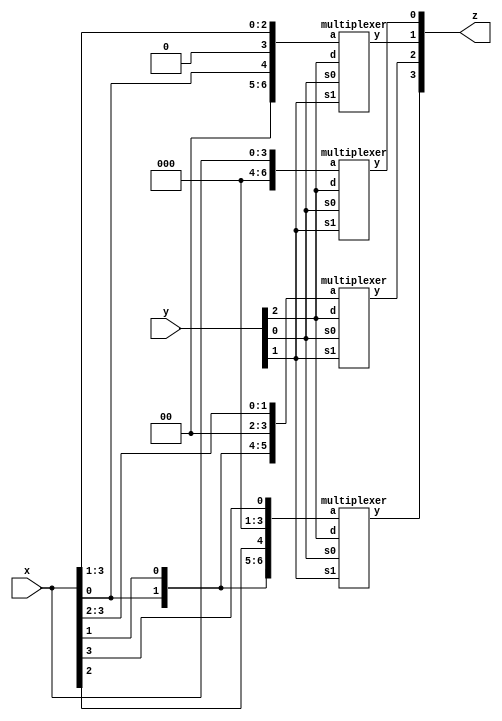
/* Generated by Yosys 0.32+51 (git sha1 6405bbab1, clang 10.0.0-4ubuntu1 -fPIC -Os) */

module barrel_shifter(x, y, z);
  wire _0_;
  wire _1_;
  wire _2_;
  wire _3_;
  wire \mul0:543 ;
  wire [6:0] mul0v;
  wire \mul1:549 ;
  wire [6:0] mul1v;
  wire \mul2:555 ;
  wire [6:0] mul2v;
  wire \mul3:561 ;
  wire [6:0] mul3v;
  input [3:0] x;
  wire [3:0] x;
  input [2:0] y;
  wire [2:0] y;
  output [3:0] z;
  wire [3:0] z;
  multiplexer mul0 (
    .a(mul0v),
    .d(y[2]),
    .s0(y[0]),
    .s1(y[1]),
    .y(_0_)
  );
  multiplexer mul1 (
    .a(mul1v),
    .d(y[2]),
    .s0(y[0]),
    .s1(y[1]),
    .y(_1_)
  );
  multiplexer mul2 (
    .a(mul2v),
    .d(y[2]),
    .s0(y[0]),
    .s1(y[1]),
    .y(_2_)
  );
  multiplexer mul3 (
    .a(mul3v),
    .d(y[2]),
    .s0(y[0]),
    .s1(y[1]),
    .y(_3_)
  );
  assign mul0v = { 3'h0, x };
  assign mul1v = { 2'h0, x[0], 1'h0, x[3:1] };
  assign mul2v = { 1'h0, x[0], x[1], 2'h0, x[3:2] };
  assign mul3v = { x[0], x[1], x[2], 3'h0, x[3] };
  assign \mul0:543  = _0_;
  assign \mul1:549  = _1_;
  assign \mul2:555  = _2_;
  assign \mul3:561  = _3_;
  assign z = { \mul3:561 , \mul2:555 , \mul1:549 , \mul0:543  };
endmodule

module cla(x, y, z);
  wire _00_;
  wire _01_;
  wire _02_;
  wire _03_;
  wire _04_;
  wire _05_;
  wire _06_;
  wire _07_;
  wire _08_;
  wire _09_;
  wire _10_;
  wire _11_;
  wire _12_;
  wire _13_;
  wire _14_;
  wire _15_;
  wire _16_;
  wire _17_;
  wire _18_;
  wire _19_;
  wire _20_;
  wire _21_;
  wire _22_;
  wire _23_;
  wire _24_;
  wire _25_;
  wire _26_;
  wire _27_;
  wire _28_;
  wire _29_;
  wire _30_;
  wire _31_;
  wire _32_;
  wire _33_;
  wire _34_;
  wire _35_;
  wire _36_;
  wire _37_;
  wire _38_;
  wire _39_;
  wire _40_;
  wire _41_;
  wire _42_;
  wire _43_;
  wire _44_;
  wire _45_;
  wire _46_;
  wire _47_;
  wire [3:0] c;
  input [3:0] x;
  wire [3:0] x;
  input [3:0] y;
  wire [3:0] y;
  output [4:0] z;
  wire [4:0] z;
  assign _15_ = x[1] ^ y[1];
  assign _16_ = x[0] & y[0];
  assign _17_ = x[0] ^ y[0];
  assign _18_ = _17_ & 1'h0;
  assign _19_ = _16_ | _18_;
  assign _20_ = _15_ & _19_;
  assign _21_ = _14_ | _20_;
  assign _22_ = _13_ & _21_;
  assign _23_ = _12_ | _22_;
  assign _24_ = x[3] & y[3];
  assign _25_ = x[3] ^ y[3];
  assign _26_ = x[2] & y[2];
  assign _27_ = x[2] ^ y[2];
  assign _28_ = x[1] & y[1];
  assign _29_ = x[1] ^ y[1];
  assign _30_ = x[0] & y[0];
  assign _31_ = x[0] ^ y[0];
  assign _32_ = _31_ & 1'h0;
  assign _33_ = _30_ | _32_;
  assign _34_ = _29_ & _33_;
  assign _35_ = _28_ | _34_;
  assign _36_ = _27_ & _35_;
  assign _37_ = _26_ | _36_;
  assign _38_ = _25_ & _37_;
  assign _39_ = _24_ | _38_;
  assign _40_ = x[0] ^ y[0];
  assign _41_ = _40_ ^ 1'h0;
  assign _42_ = x[1] ^ y[1];
  assign _43_ = _42_ ^ c[0];
  assign _44_ = x[2] ^ y[2];
  assign _45_ = _44_ ^ c[1];
  assign _46_ = x[3] ^ y[3];
  assign _47_ = _46_ ^ c[2];
  assign _00_ = x[0] & y[0];
  assign _01_ = x[0] ^ y[0];
  assign _02_ = _01_ & 1'h0;
  assign _03_ = _00_ | _02_;
  assign _04_ = x[1] & y[1];
  assign _05_ = x[1] ^ y[1];
  assign _06_ = x[0] & y[0];
  assign _07_ = x[0] ^ y[0];
  assign _08_ = _07_ & 1'h0;
  assign _09_ = _06_ | _08_;
  assign _10_ = _05_ & _09_;
  assign _11_ = _04_ | _10_;
  assign _12_ = x[2] & y[2];
  assign _13_ = x[2] ^ y[2];
  assign _14_ = x[1] & y[1];
  assign c = { _39_, _23_, _11_, _03_ };
  assign z = { c[3], _47_, _45_, _43_, _41_ };
endmodule

module four_bit_comparator(x, y, z);
  wire _00_;
  wire _01_;
  wire _02_;
  wire _03_;
  wire _04_;
  wire _05_;
  wire _06_;
  wire _07_;
  wire _08_;
  wire _09_;
  wire _10_;
  wire _11_;
  wire _12_;
  wire _13_;
  wire _14_;
  wire _15_;
  wire _16_;
  wire _17_;
  wire equal;
  wire [2:0] equalv;
  wire greater;
  wire [3:0] greaterv;
  wire \onebitkomparator_1:433 ;
  wire \onebitkomparator_1:434 ;
  wire \onebitkomparator_1:435 ;
  wire \onebitkomparator_2:445 ;
  wire \onebitkomparator_2:446 ;
  wire \onebitkomparator_2:447 ;
  wire \onebitkomparator_3:457 ;
  wire \onebitkomparator_3:458 ;
  wire \onebitkomparator_3:459 ;
  wire \onebitkomparator_4:469 ;
  wire \onebitkomparator_4:470 ;
  wire \onebitkomparator_4:471 ;
  wire smaller;
  wire [3:0] smallerv;
  input [3:0] x;
  wire [3:0] x;
  input [3:0] y;
  wire [3:0] y;
  output [7:0] z;
  wire [7:0] z;
  assign _12_ = greaterv[0] | greaterv[1];
  assign _13_ = _12_ | greaterv[2];
  assign _14_ = _13_ | greaterv[3];
  assign _15_ = smallerv[0] | smallerv[1];
  assign _16_ = _15_ | smallerv[2];
  assign _17_ = _16_ | smallerv[3];
  onebitkomparator onebitkomparator_1 (
    .e(1'h1),
    .equal(_01_),
    .greater(_00_),
    .smaller(_02_),
    .x0(x[3]),
    .y0(y[3])
  );
  onebitkomparator onebitkomparator_2 (
    .e(equalv[2]),
    .equal(_04_),
    .greater(_03_),
    .smaller(_05_),
    .x0(x[2]),
    .y0(y[2])
  );
  onebitkomparator onebitkomparator_3 (
    .e(equalv[1]),
    .equal(_07_),
    .greater(_06_),
    .smaller(_08_),
    .x0(x[1]),
    .y0(y[1])
  );
  onebitkomparator onebitkomparator_4 (
    .e(equalv[0]),
    .equal(_10_),
    .greater(_09_),
    .smaller(_11_),
    .x0(x[0]),
    .y0(y[0])
  );
  assign greaterv = { \onebitkomparator_1:433 , \onebitkomparator_2:445 , \onebitkomparator_3:457 , \onebitkomparator_4:469  };
  assign smallerv = { \onebitkomparator_1:435 , \onebitkomparator_2:447 , \onebitkomparator_3:459 , \onebitkomparator_4:471  };
  assign equalv = { \onebitkomparator_1:434 , \onebitkomparator_2:446 , \onebitkomparator_3:458  };
  assign greater = _14_;
  assign smaller = _17_;
  assign equal = \onebitkomparator_4:470 ;
  assign \onebitkomparator_1:433  = _00_;
  assign \onebitkomparator_1:434  = _01_;
  assign \onebitkomparator_1:435  = _02_;
  assign \onebitkomparator_2:445  = _03_;
  assign \onebitkomparator_2:446  = _04_;
  assign \onebitkomparator_2:447  = _05_;
  assign \onebitkomparator_3:457  = _06_;
  assign \onebitkomparator_3:458  = _07_;
  assign \onebitkomparator_3:459  = _08_;
  assign \onebitkomparator_4:469  = _09_;
  assign \onebitkomparator_4:470  = _10_;
  assign \onebitkomparator_4:471  = _11_;
  assign z = { 5'h00, equal, smaller, greater };
endmodule

module full_adder(a, b, ci, s, co);
  wire _00_;
  wire _01_;
  wire _02_;
  wire _03_;
  wire _04_;
  wire _05_;
  wire _06_;
  wire _07_;
  wire _08_;
  wire _09_;
  wire _10_;
  wire _11_;
  wire _12_;
  wire _13_;
  wire _14_;
  wire _15_;
  wire _16_;
  wire _17_;
  wire _18_;
  wire _19_;
  wire _20_;
  wire _21_;
  input a;
  wire a;
  input b;
  wire b;
  input ci;
  wire ci;
  output co;
  wire co;
  output s;
  wire s;
  assign _00_ = a & b;
  assign _01_ = a & ci;
  assign _02_ = _00_ | _01_;
  assign _03_ = b & ci;
  assign _04_ = _02_ | _03_;
  assign _05_ = ~ b;
  assign _06_ = a & _05_;
  assign _07_ = ~ ci;
  assign _08_ = _06_ & _07_;
  assign _09_ = ~ a;
  assign _10_ = ~ b;
  assign _11_ = _09_ & _10_;
  assign _12_ = _11_ & ci;
  assign _13_ = _08_ | _12_;
  assign _14_ = ~ a;
  assign _15_ = _14_ & b;
  assign _16_ = ~ ci;
  assign _17_ = _15_ & _16_;
  assign _18_ = _13_ | _17_;
  assign _19_ = a & b;
  assign _20_ = _19_ & ci;
  assign _21_ = _18_ | _20_;
  assign s = _21_;
  assign co = _04_;
endmodule

module half_adder(a, b, s, co);
  wire _0_;
  wire _1_;
  wire _2_;
  wire _3_;
  wire _4_;
  wire _5_;
  input a;
  wire a;
  input b;
  wire b;
  output co;
  wire co;
  output s;
  wire s;
  assign _0_ = a & b;
  assign _1_ = ~ b;
  assign _2_ = a & _1_;
  assign _3_ = ~ a;
  assign _4_ = _3_ & b;
  assign _5_ = _2_ | _4_;
  assign s = _5_;
  assign co = _0_;
endmodule

module matrix_mul(x, y, z);
  wire _00_;
  wire _01_;
  wire _02_;
  wire _03_;
  wire _04_;
  wire _05_;
  wire _06_;
  wire _07_;
  wire _08_;
  wire _09_;
  wire _10_;
  wire _11_;
  wire _12_;
  wire _13_;
  wire _14_;
  wire _15_;
  wire _16_;
  wire _17_;
  wire _18_;
  wire _19_;
  wire _20_;
  wire _21_;
  wire _22_;
  wire _23_;
  wire _24_;
  wire _25_;
  wire _26_;
  wire _27_;
  wire _28_;
  wire _29_;
  wire _30_;
  wire _31_;
  wire _32_;
  wire _33_;
  wire _34_;
  wire _35_;
  wire _36_;
  wire _37_;
  wire _38_;
  wire _39_;
  wire [3:0] stage1;
  wire [3:0] stage1_co;
  wire [2:0] stage1_s;
  wire [3:0] stage2;
  wire [3:0] stage2_co;
  wire [2:0] stage2_s;
  wire [3:0] stage3;
  wire [2:0] stage3_co;
  wire [3:0] stage4;
  input [3:0] x;
  wire [3:0] x;
  input [3:0] y;
  wire [3:0] y;
  output [7:0] z;
  wire [7:0] z;
  assign _15_ = x[0] & y[0];
  assign _16_ = x[1] & y[0];
  assign _17_ = x[2] & y[0];
  assign _18_ = x[3] & y[0];
  assign _19_ = x[0] & y[1];
  assign _20_ = x[1] & y[1];
  assign _21_ = x[2] & y[1];
  assign _22_ = x[3] & y[1];
  assign _31_ = x[0] & y[2];
  assign _32_ = x[1] & y[2];
  assign _33_ = x[2] & y[2];
  assign _34_ = x[3] & y[2];
  assign _03_ = x[0] & y[3];
  assign _04_ = x[1] & y[3];
  assign _05_ = x[2] & y[3];
  assign _06_ = x[3] & y[3];
  half_adder stage1_ha1 (
    .a(stage1[1]),
    .b(stage2[0]),
    .co(_24_),
    .s(_23_)
  );
  half_adder stage1_ha2 (
    .a(stage2[3]),
    .b(stage1_co[2]),
    .co(_30_),
    .s(_29_)
  );
  full_adder stage1_va1 (
    .a(stage1[2]),
    .b(stage2[1]),
    .ci(stage1_co[0]),
    .co(_26_),
    .s(_25_)
  );
  full_adder stage1_va2 (
    .a(stage1[3]),
    .b(stage2[2]),
    .ci(stage1_co[1]),
    .co(_28_),
    .s(_27_)
  );
  half_adder stage2_ha1 (
    .a(stage3[0]),
    .b(stage1_s[0]),
    .co(_36_),
    .s(_35_)
  );
  full_adder stage2_va1 (
    .a(stage3[1]),
    .b(stage1_s[1]),
    .ci(stage2_co[0]),
    .co(_38_),
    .s(_37_)
  );
  full_adder stage2_va2 (
    .a(stage3[2]),
    .b(stage1_s[2]),
    .ci(stage2_co[1]),
    .co(_00_),
    .s(_39_)
  );
  full_adder stage2_va3 (
    .a(stage3[3]),
    .b(stage1_co[3]),
    .ci(stage2_co[2]),
    .co(_02_),
    .s(_01_)
  );
  half_adder stage3_ha1 (
    .a(stage4[0]),
    .b(stage2_s[0]),
    .co(_08_),
    .s(_07_)
  );
  full_adder stage3_va1 (
    .a(stage4[1]),
    .b(stage2_s[1]),
    .ci(stage3_co[0]),
    .co(_10_),
    .s(_09_)
  );
  full_adder stage3_va2 (
    .a(stage4[2]),
    .b(stage2_s[2]),
    .ci(stage3_co[1]),
    .co(_12_),
    .s(_11_)
  );
  full_adder stage3_va3 (
    .a(stage4[3]),
    .b(stage2_co[3]),
    .ci(stage3_co[2]),
    .co(_14_),
    .s(_13_)
  );
  assign stage1 = { _18_, _17_, _16_, _15_ };
  assign stage2 = { _22_, _21_, _20_, _19_ };
  assign stage3 = { _34_, _33_, _32_, _31_ };
  assign stage4 = { _06_, _05_, _04_, _03_ };
  assign stage1_s = { _29_, _27_, _25_ };
  assign stage1_co = { _30_, _28_, _26_, _24_ };
  assign stage2_s = { _01_, _39_, _37_ };
  assign stage2_co = { _02_, _00_, _38_, _36_ };
  assign stage3_co = { _12_, _10_, _08_ };
  assign z = { _14_, _13_, _11_, _09_, _07_, _35_, _23_, stage1[0] };
endmodule

module multiplexer(a, s0, s1, d, y);
  wire _00_;
  wire _01_;
  wire _02_;
  wire _03_;
  wire _04_;
  wire _05_;
  wire _06_;
  wire _07_;
  wire _08_;
  wire _09_;
  wire _10_;
  wire _11_;
  wire _12_;
  wire _13_;
  wire _14_;
  wire _15_;
  wire _16_;
  wire _17_;
  wire _18_;
  wire _19_;
  wire _20_;
  wire _21_;
  wire _22_;
  wire _23_;
  wire _24_;
  wire _25_;
  input [6:0] a;
  wire [6:0] a;
  input d;
  wire d;
  input s0;
  wire s0;
  input s1;
  wire s1;
  output y;
  wire y;
  assign _00_ = ~ s0;
  assign _01_ = ~ s1;
  assign _02_ = _01_ & _00_;
  assign _03_ = _02_ ? a[0] : _08_;
  assign _04_ = ~ s1;
  assign _05_ = _04_ & s0;
  assign _06_ = ~ d;
  assign _07_ = _06_ & _05_;
  assign _08_ = _07_ ? a[1] : _13_;
  assign _09_ = ~ s0;
  assign _10_ = s1 & _09_;
  assign _11_ = ~ d;
  assign _12_ = _11_ & _10_;
  assign _13_ = _12_ ? a[2] : _17_;
  assign _14_ = s1 & s0;
  assign _15_ = ~ d;
  assign _16_ = _15_ & _14_;
  assign _17_ = _16_ ? a[3] : _21_;
  assign _18_ = ~ s1;
  assign _19_ = _18_ & s0;
  assign _20_ = d & _19_;
  assign _21_ = _20_ ? a[4] : _25_;
  assign _22_ = ~ s0;
  assign _23_ = s1 & _22_;
  assign _24_ = d & _23_;
  assign _25_ = _24_ ? a[5] : a[6];
  assign y = _03_;
endmodule

module onebitkomparator(e, x0, y0, greater, equal, smaller);
  wire _0_;
  wire _1_;
  wire _2_;
  wire _3_;
  wire _4_;
  wire _5_;
  wire _6_;
  wire _7_;
  input e;
  wire e;
  output equal;
  wire equal;
  output greater;
  wire greater;
  output smaller;
  wire smaller;
  input x0;
  wire x0;
  input y0;
  wire y0;
  assign _0_ = ~ y0;
  assign _1_ = x0 & _0_;
  assign _2_ = _1_ & e;
  assign _3_ = x0 ~^ y0;
  assign _4_ = _3_ & e;
  assign _5_ = ~ x0;
  assign _6_ = _5_ & y0;
  assign _7_ = _6_ & e;
  assign greater = _2_;
  assign equal = _4_;
  assign smaller = _7_;
endmodule

module ripple_carry(a, b, s);
  wire _0_;
  wire _1_;
  wire _2_;
  wire _3_;
  wire _4_;
  wire _5_;
  wire _6_;
  wire _7_;
  input [3:0] a;
  wire [3:0] a;
  input [3:0] b;
  wire [3:0] b;
  wire co0;
  wire co1;
  wire co2;
  output [4:0] s;
  wire [4:0] s;
  half_adder ad0 (
    .a(a[0]),
    .b(b[0]),
    .co(_1_),
    .s(_0_)
  );
  full_adder ad1 (
    .a(a[1]),
    .b(b[1]),
    .ci(co0),
    .co(_3_),
    .s(_2_)
  );
  full_adder ad2 (
    .a(a[2]),
    .b(b[2]),
    .ci(co1),
    .co(_5_),
    .s(_4_)
  );
  full_adder ad3 (
    .a(a[3]),
    .b(b[3]),
    .ci(co2),
    .co(_7_),
    .s(_6_)
  );
  assign co0 = _1_;
  assign co1 = _3_;
  assign co2 = _5_;
  assign s = { _7_, _6_, _4_, _2_, _0_ };
endmodule

module tt_um_cejmu(ui_in, uio_in, ena, clk, rst_n, uo_out, uio_out, uio_oe);
  wire [4:0] _00_;
  wire [7:0] _01_;
  wire _02_;
  wire [7:0] _03_;
  wire _04_;
  wire [7:0] _05_;
  wire _06_;
  wire [7:0] _07_;
  wire _08_;
  wire [7:0] _09_;
  wire [4:0] _10_;
  wire [7:0] _11_;
  wire [7:0] _12_;
  wire [7:0] _13_;
  wire [3:0] _14_;
  wire _15_;
  wire [7:0] _16_;
  wire _17_;
  wire [7:0] barrel_shifter_out;
  wire [7:0] cla_out;
  input clk;
  wire clk;
  wire [7:0] comparator_out;
  input ena;
  wire ena;
  wire [7:0] matrix_out;
  wire [7:0] ripple_out;
  input rst_n;
  wire rst_n;
  input [7:0] ui_in;
  wire [7:0] ui_in;
  input [7:0] uio_in;
  wire [7:0] uio_in;
  output [7:0] uio_oe;
  wire [7:0] uio_oe;
  output [7:0] uio_out;
  wire [7:0] uio_out;
  output [7:0] uo_out;
  wire [7:0] uo_out;
  wire [7:0] wallace_out;
  assign _15_ = uio_in[2:0] == 3'h0;
  assign _16_ = _15_ ? ripple_out : _01_;
  assign _17_ = uio_in[2:0] == 3'h1;
  assign _01_ = _17_ ? cla_out : _03_;
  assign _02_ = uio_in[2:0] == 3'h2;
  assign _03_ = _02_ ? matrix_out : _05_;
  assign _04_ = uio_in[2:0] == 3'h3;
  assign _05_ = _04_ ? wallace_out : _07_;
  assign _06_ = uio_in[2:0] == 3'h4;
  assign _07_ = _06_ ? comparator_out : _09_;
  assign _08_ = uio_in[2:0] == 3'h5;
  assign _09_ = _08_ ? barrel_shifter_out : 8'h00;
  ripple_carry adder (
    .a(ui_in[3:0]),
    .b(ui_in[7:4]),
    .s(_00_)
  );
  barrel_shifter barrel_shifter (
    .x(ui_in[3:0]),
    .y(ui_in[6:4]),
    .z(_14_)
  );
  cla cla (
    .x(ui_in[3:0]),
    .y(ui_in[7:4]),
    .z(_10_)
  );
  four_bit_comparator four_bit_comparator (
    .x(ui_in[3:0]),
    .y(ui_in[7:4]),
    .z(_13_)
  );
  matrix_mul matrix (
    .x(ui_in[3:0]),
    .y(ui_in[7:4]),
    .z(_11_)
  );
  wallace_tree wallace (
    .x(ui_in[3:0]),
    .y(ui_in[7:4]),
    .z(_12_)
  );
  assign ripple_out = { 3'h0, _00_ };
  assign cla_out = { 3'h0, _10_ };
  assign matrix_out = _11_;
  assign wallace_out = _12_;
  assign comparator_out = _13_;
  assign barrel_shifter_out = { 4'h0, _14_ };
  assign uo_out = _16_;
  assign uio_out = 8'h00;
  assign uio_oe = 8'h00;
endmodule

module wallace_tree(x, y, z);
  wire _00_;
  wire _01_;
  wire _02_;
  wire _03_;
  wire _04_;
  wire _05_;
  wire _06_;
  wire _07_;
  wire _08_;
  wire _09_;
  wire _10_;
  wire _11_;
  wire _12_;
  wire _13_;
  wire _14_;
  wire _15_;
  wire _16_;
  wire _17_;
  wire _18_;
  wire _19_;
  wire _20_;
  wire _21_;
  wire _22_;
  wire _23_;
  wire _24_;
  wire _25_;
  wire _26_;
  wire _27_;
  wire _28_;
  wire _29_;
  wire _30_;
  wire _31_;
  wire [4:0] _32_;
  wire \f1:338 ;
  wire \f1:339 ;
  wire \f2:347 ;
  wire \f2:348 ;
  wire \f3:356 ;
  wire \f3:357 ;
  wire \f4:365 ;
  wire \f4:366 ;
  wire \f5:374 ;
  wire \f5:375 ;
  wire \h1:382 ;
  wire \h1:383 ;
  wire \h2:390 ;
  wire \h2:391 ;
  wire \h3:398 ;
  wire \h3:399 ;
  wire [3:0] stage_1;
  wire [3:0] stage_2;
  wire [3:0] stage_3;
  wire [3:0] stage_4;
  wire [7:0] stage_5;
  wire [7:0] stage_6;
  wire [3:0] vec_1;
  wire [3:0] vec_2;
  input [3:0] x;
  wire [3:0] x;
  input [3:0] y;
  wire [3:0] y;
  output [7:0] z;
  wire [7:0] z;
  assign _00_ = x[0] & y[0];
  assign _01_ = x[1] & y[0];
  assign _02_ = x[2] & y[0];
  assign _03_ = x[3] & y[0];
  assign _04_ = x[0] & y[1];
  assign _05_ = x[1] & y[1];
  assign _06_ = x[2] & y[1];
  assign _07_ = x[3] & y[1];
  assign _08_ = x[0] & y[2];
  assign _09_ = x[1] & y[2];
  assign _10_ = x[2] & y[2];
  assign _11_ = x[3] & y[2];
  assign _12_ = x[0] & y[3];
  assign _13_ = x[1] & y[3];
  assign _14_ = x[2] & y[3];
  assign _15_ = x[3] & y[3];
  cla cla_adder (
    .x(vec_1),
    .y(vec_2),
    .z(_32_)
  );
  full_adder f1 (
    .a(stage_1[2]),
    .b(stage_2[1]),
    .ci(stage_3[0]),
    .co(_17_),
    .s(_16_)
  );
  full_adder f2 (
    .a(stage_1[3]),
    .b(stage_2[2]),
    .ci(stage_3[1]),
    .co(_19_),
    .s(_18_)
  );
  full_adder f3 (
    .a(stage_5[3]),
    .b(stage_5[4]),
    .ci(stage_4[0]),
    .co(_21_),
    .s(_20_)
  );
  full_adder f4 (
    .a(stage_5[5]),
    .b(stage_5[6]),
    .ci(stage_4[1]),
    .co(_23_),
    .s(_22_)
  );
  full_adder f5 (
    .a(stage_5[7]),
    .b(stage_3[3]),
    .ci(stage_4[2]),
    .co(_25_),
    .s(_24_)
  );
  half_adder h1 (
    .a(stage_1[1]),
    .b(stage_2[0]),
    .co(_27_),
    .s(_26_)
  );
  half_adder h2 (
    .a(stage_2[3]),
    .b(stage_3[2]),
    .co(_29_),
    .s(_28_)
  );
  half_adder h3 (
    .a(stage_5[1]),
    .b(stage_5[2]),
    .co(_31_),
    .s(_30_)
  );
  assign stage_1 = { _03_, _02_, _01_, _00_ };
  assign stage_2 = { _07_, _06_, _05_, _04_ };
  assign stage_3 = { _11_, _10_, _09_, _08_ };
  assign stage_4 = { _15_, _14_, _13_, _12_ };
  assign stage_5 = { \h2:391 , \h2:390 , \f2:348 , \f2:347 , \f1:339 , \f1:338 , \h1:383 , \h1:382  };
  assign stage_6 = { stage_4[3], \f5:375 , \f5:374 , \f4:366 , \f4:365 , \f3:357 , \f3:356 , \h3:399  };
  assign vec_1 = { stage_6[7], stage_6[5], stage_6[3], stage_6[1] };
  assign vec_2 = { stage_6[6], stage_6[4], stage_6[2], stage_6[0] };
  assign \f1:338  = _16_;
  assign \f1:339  = _17_;
  assign \f2:347  = _18_;
  assign \f2:348  = _19_;
  assign \f3:356  = _20_;
  assign \f3:357  = _21_;
  assign \f4:365  = _22_;
  assign \f4:366  = _23_;
  assign \f5:374  = _24_;
  assign \f5:375  = _25_;
  assign \h1:382  = _26_;
  assign \h1:383  = _27_;
  assign \h2:390  = _28_;
  assign \h2:391  = _29_;
  assign \h3:398  = _30_;
  assign \h3:399  = _31_;
  assign z = { _32_, \h3:398 , stage_5[0], stage_1[0] };
endmodule